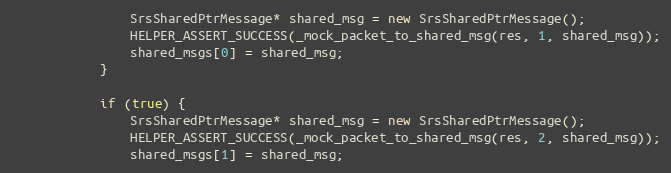
Language: C++
                SrsSharedPtrMessage* shared_msg = new SrsSharedPtrMessage();
                HELPER_ASSERT_SUCCESS(_mock_packet_to_shared_msg(res, 1, shared_msg));
                shared_msgs[0] = shared_msg;
            }

            if (true) {
                SrsSharedPtrMessage* shared_msg = new SrsSharedPtrMessage();
                HELPER_ASSERT_SUCCESS(_mock_packet_to_shared_msg(res, 2, shared_msg));
                shared_msgs[1] = shared_msg;